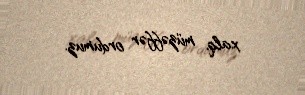
xalq, müzəffər ordumuz.